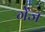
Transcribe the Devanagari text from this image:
गेंज